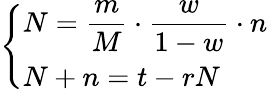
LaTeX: \left\{ \begin{array}{ll}{\displaystyle N=\frac{m}{M}\cdot\frac{w}{1-w}\cdot n}\\ {\displaystyle N+n=t-rN}\end{array}\right.